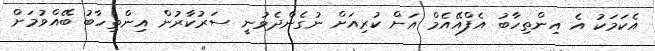
އެކަމަކު އެ އިންތިހާބު އެފްއޭއެމް އަށް ކުރިއަށް ނުގެންދެވުނީ ސަރުކާރުން އިންތިހާބު ބޭއްވުމަށް